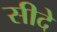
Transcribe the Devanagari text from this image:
सीदे